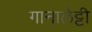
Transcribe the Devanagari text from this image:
गानालेट्टी